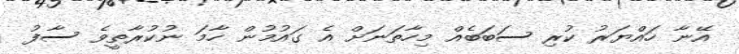
އޭނާ ހައްޔަރު ކުރި ސަބަބެއް މިހާތަނަށް އެ ގައުމުން ހާމަ ނުކުރާތީވެ ސާފު